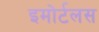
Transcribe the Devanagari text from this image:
इमोर्टलस